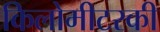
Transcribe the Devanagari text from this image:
किलोमीटरकी